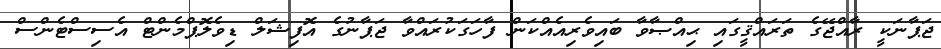
ޖަޕާނަކީ ރާއްޖޭގެ ތަރައްޤީގައި ޙިއްޞާވާ ބައިވެރިއެއްކަން ފާހަގަކުރައްވާ ޖަޕާނުގެ އޮފިޝަލް ޑިވެލޮޕްމެންޓް އެސިސްޓެންސް